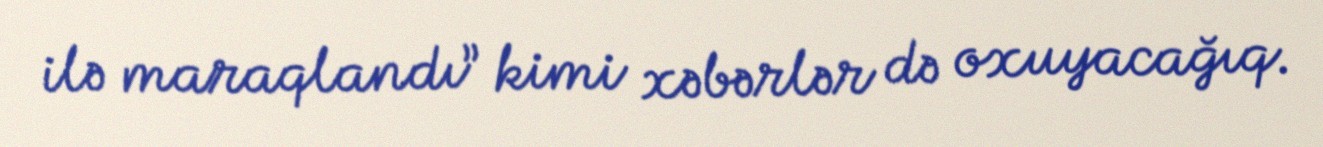
ilə maraqlandı” kimi xəbərlər də oxuyacağıq.